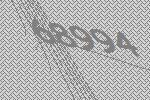
68994